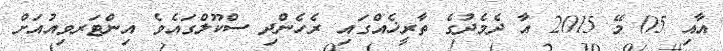
އާއި 05 މޭ 2015 އާ ދެމެދުގެ ތާރީޚެއްގައި ރެހެންދި ސްކޫލްގައެެވެ އިންޓަރވިއުއަށް